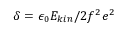
\delta = \epsilon _ { 0 } E _ { k i n } / 2 f ^ { 2 } e ^ { 2 }